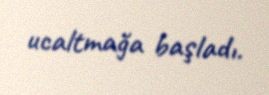
ucaltmağa başladı.